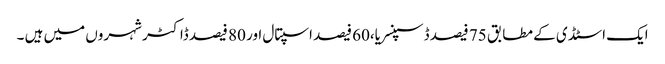
ایک اسٹڈی کے مطابق 75 فیصد ڈسپنسریا،60 فیصد اسپتال اور 80 فیصد ڈاکٹر شہروں میں ہیں ۔